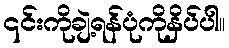
၎င်းကိုချဲ့ရန်ပုံကိုနှိပ်ပါ။